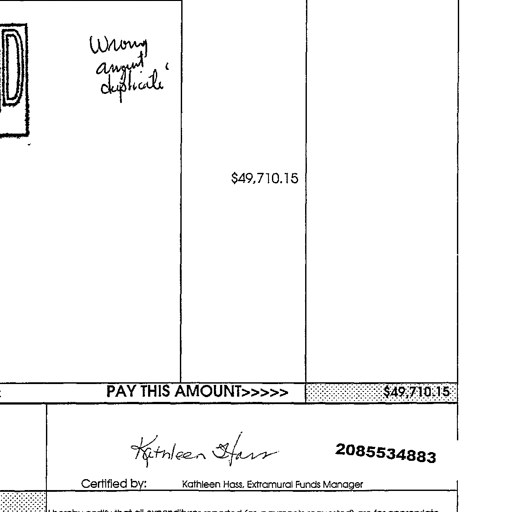
Transcript:
Wrong
amount
duplicate
$49,710.15
PAY THIS AMOUNT>>>>> $49,710.15
Kathleen Hass 2085534883
Certified by: Kathleen Hass, Extramural Funds Manager